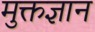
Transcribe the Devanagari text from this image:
मुक्तज्ञान